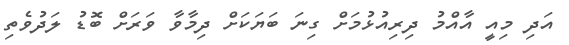
އަދި މިއީ އާއްމު ދިރިއުޅުމަށް ގިނަ ބަޔަކަށް ދިމާވާ ވަރަށް ބޮޑު ލަދުވެތި